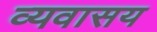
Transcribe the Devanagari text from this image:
व्यवासय